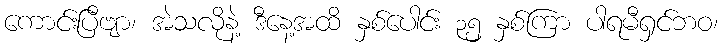
ကောင်းပြီဗျာ၊ အဲသလိုနဲ့ ဒီနေ့အထိ နှစ်ပေါင်း ၃၅ နှစ်ကြာ ပါရမီရှင်ဘဝ၊